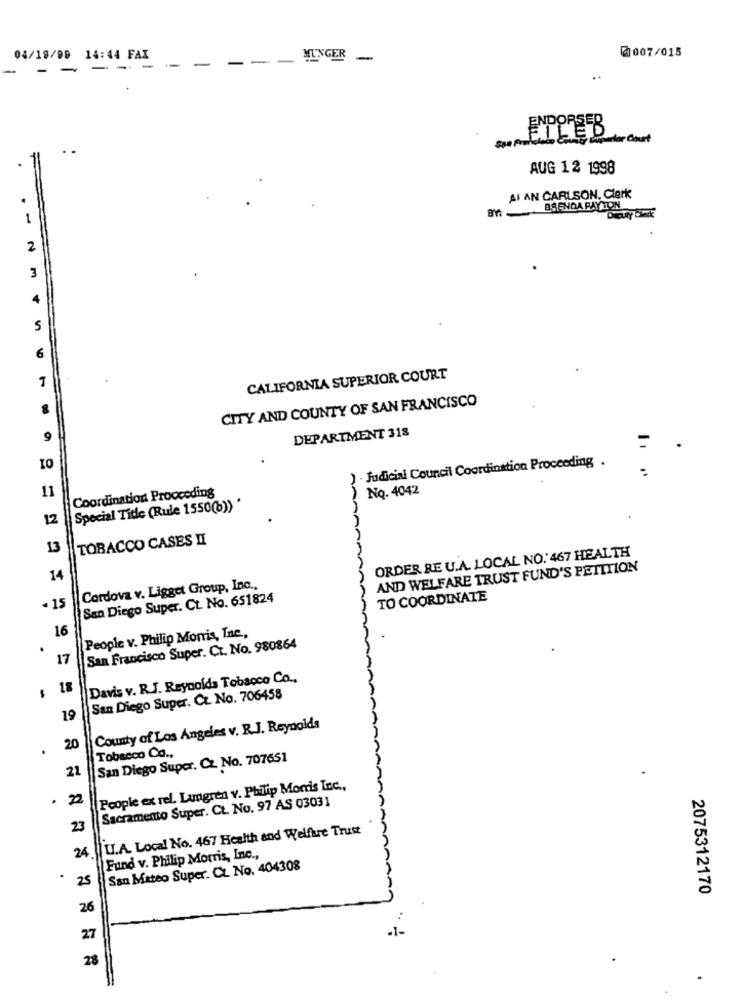
2007/015
04/18/00 14:44 FAX
--
-
---
MUNGER
-
-
- ---.
ENDORSER
Spe Prate
FILED
weparlar Court
AUG 12 1998
AI AN CARLSON, Clerk
BSENDA PAY TON
.-
2
3
5
6
CALIFORNIA SUPERIOR COURT
CITY AND COUNTY OF SAN FRANCISCO
DEPARTMENT 318
9
) . Judicial Council Coordination Proceeding .
..
11
Coordination Proceeding
No. 4042
Special Tide (Rule 1550(b)) *
12
TOBACCO CASES II
13
ORDER RE U.A. LOCAL NO. 467 HEALTH
AND WELFARE TRUST FUND'S PETITION
14
Cordova v. Ligget Group, Inc .,
San Diego Super. Ct. No. 651824
TO COORDINATE
- 15
16
People v. Philip Morris, Inc .,
San Francisco Super. Ct. No. 980864
17
Davis v. R.J. Reynolds Tobacco Co .,
18
San Diego Super. Cz. No. 706458
19
County af Los Angeles v. R.J. Reynolds
20
Tobacco Co .,
San Diego Super. Cz. No. 707651
21
People ex rel. Lamgren v. Philip Morris Inc .,
. 22
Sacramento Super. Ct. No. 97 AS 03031
23
U.A. Local No. 467 Health and Welfare Trust
24
Fund v. Philip Morris, Inc .,
San Mateo Super. Ct. No. 404308
25
2075312170
26
27
28